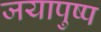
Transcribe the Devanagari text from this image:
जयापुष्प